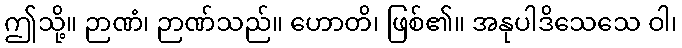
ဤသို့။ ဉာဏံ၊ ဉာဏ်သည်။ ဟောတိ၊ ဖြစ်၏။ အနုပါဒိသေသေ ဝါ၊